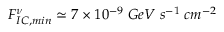
F _ { I C , m i n } ^ { \nu } \simeq 7 \times 1 0 ^ { - 9 } \; G e V \; s ^ { - 1 } \; c m ^ { - 2 }